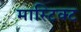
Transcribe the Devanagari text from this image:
मास्टिक्ट